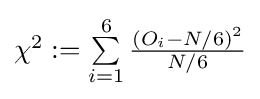
{\textstyle \chi ^{2}:=\sum \limits _{i=1}^{6}{\frac {{\left(O_{i}-N/6\right)}^{2}}{N/6}}}